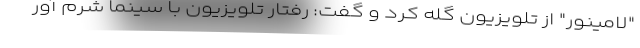
"لامینور" از تلویزیون گله کرد و گفت: رفتار تلویزیون با سینما شرم آور